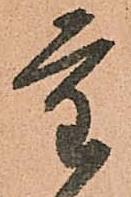
重